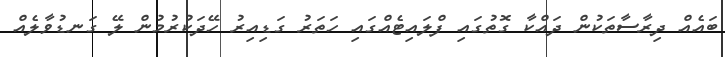
ބައެއް ދިރާސާތަކުން ދައްކާ ގޮތުގައި ފްލައިޓެއްގައި ހަތަރު ގަޑިއިރު ހޭދަކުރުމުން ލޭ ގަނޑުވާލެއް